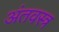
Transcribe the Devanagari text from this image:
अंतवस्त्र